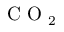
\mathrm { ~ C ~ O ~ } _ { 2 }